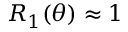
R _ { 1 } ( \theta ) \approx 1